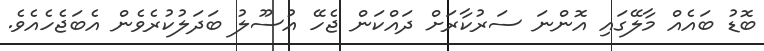
ބޮޑު ބައެއް މާލޭގައި އޮންނަ ސަރުކާރަށް ދައްކަން ޖެހޭ އުސޫލު ބަދަލުކުރެވެން އެބަޖެހެއެވެ.